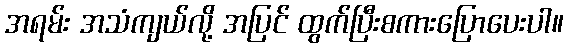
အရမ်း အသံကျယ်လို့ အပြင် ထွက်ပြီးစကားပြောပေးပါ။